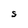
Character: S